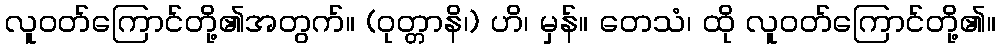
လူဝတ်ကြောင်တို့၏အတွက်။ (ဝုတ္တာနိ၊) ဟိ၊ မှန်။ တေသံ၊ ထို လူဝတ်ကြောင်တို့၏။